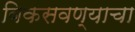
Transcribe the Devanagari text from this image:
विकसवण्याचा